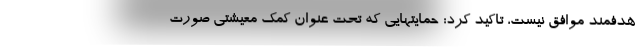
هدفمند موافق نیست، تاکید کرد: حمایتهایی که تحت عنوان کمک معیشتی صورت